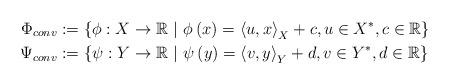
LaTeX: \begin{align*}\Phi_{conv} & :=\left\{ \phi:X\to\mathbb{R}\ |\ \phi\left(x\right) =\left\langle u,x\right\rangle_X +c,u\in X^*, c\in \mathbb{R} \right\} \\\Psi_{conv} & :=\left\{ \psi:Y\to\mathbb{R}\ |\ \psi\left(y\right) =\left\langle v,y\right\rangle_Y +d,v\in Y^*, d\in \mathbb{R} \right\}\end{align*}